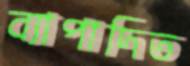
ব্যাপাদিত